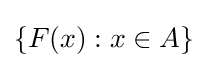
\left\{F\!\left(x\right):x\in A\right\}